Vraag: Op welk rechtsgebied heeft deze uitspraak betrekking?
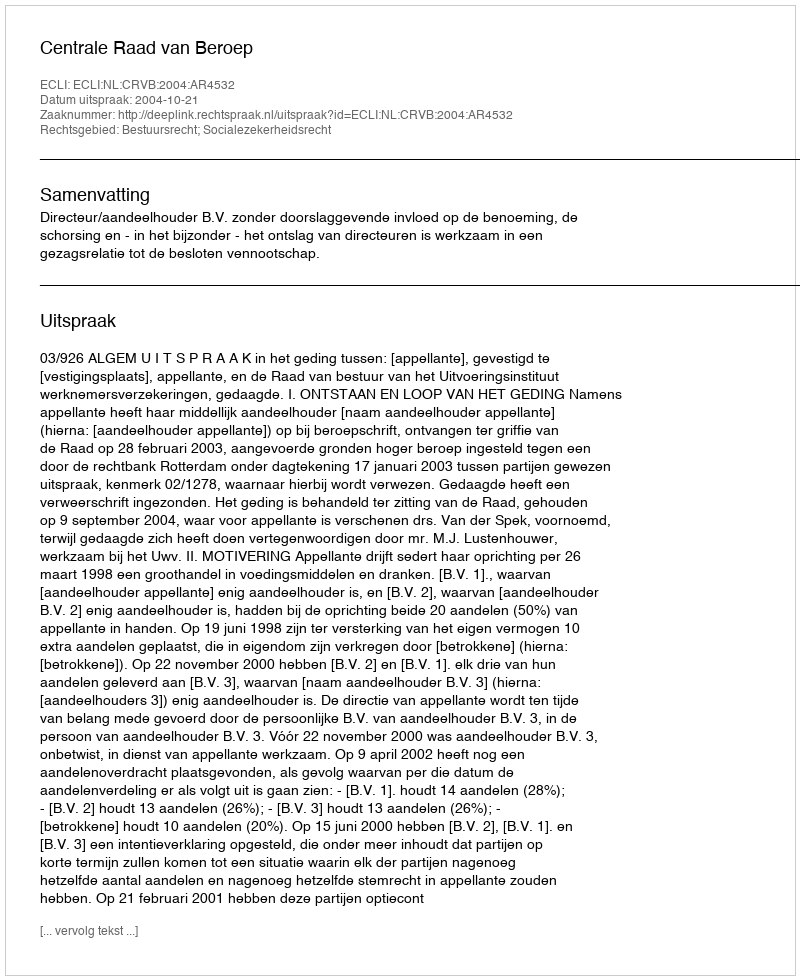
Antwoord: Bestuursrecht; Socialezekerheidsrecht